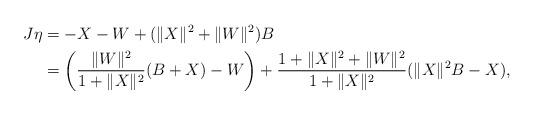
LaTeX: \begin{align*}J\eta&=-X-W+(\|X\|^2+\|W\|^2)B\\&=\left(\frac{\|W\|^2}{1+\|X\|^2}(B+X)-W\right)+\frac{1+\|X\|^2+\|W\|^2}{1+\|X\|^2}(\|X\|^2B-X),\end{align*}